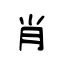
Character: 肖